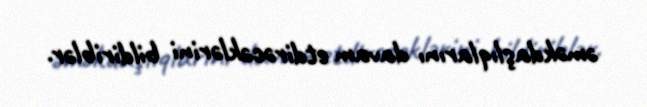
əməkdaşlıqlarını davam etdirəcəklərini bildiriblər.